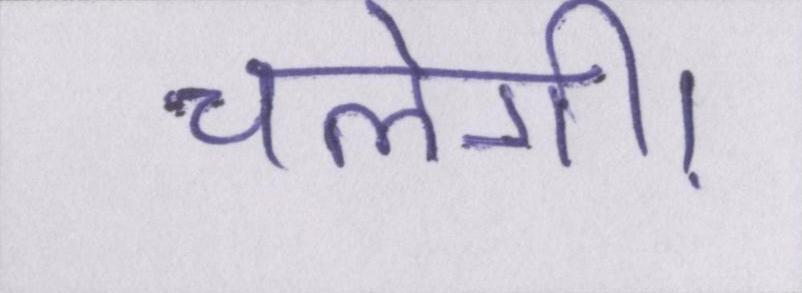
चलेंगी।